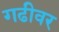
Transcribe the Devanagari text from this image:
गढीवर